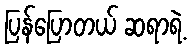
ပြန်ပြောတယ် ဆရာရဲ့